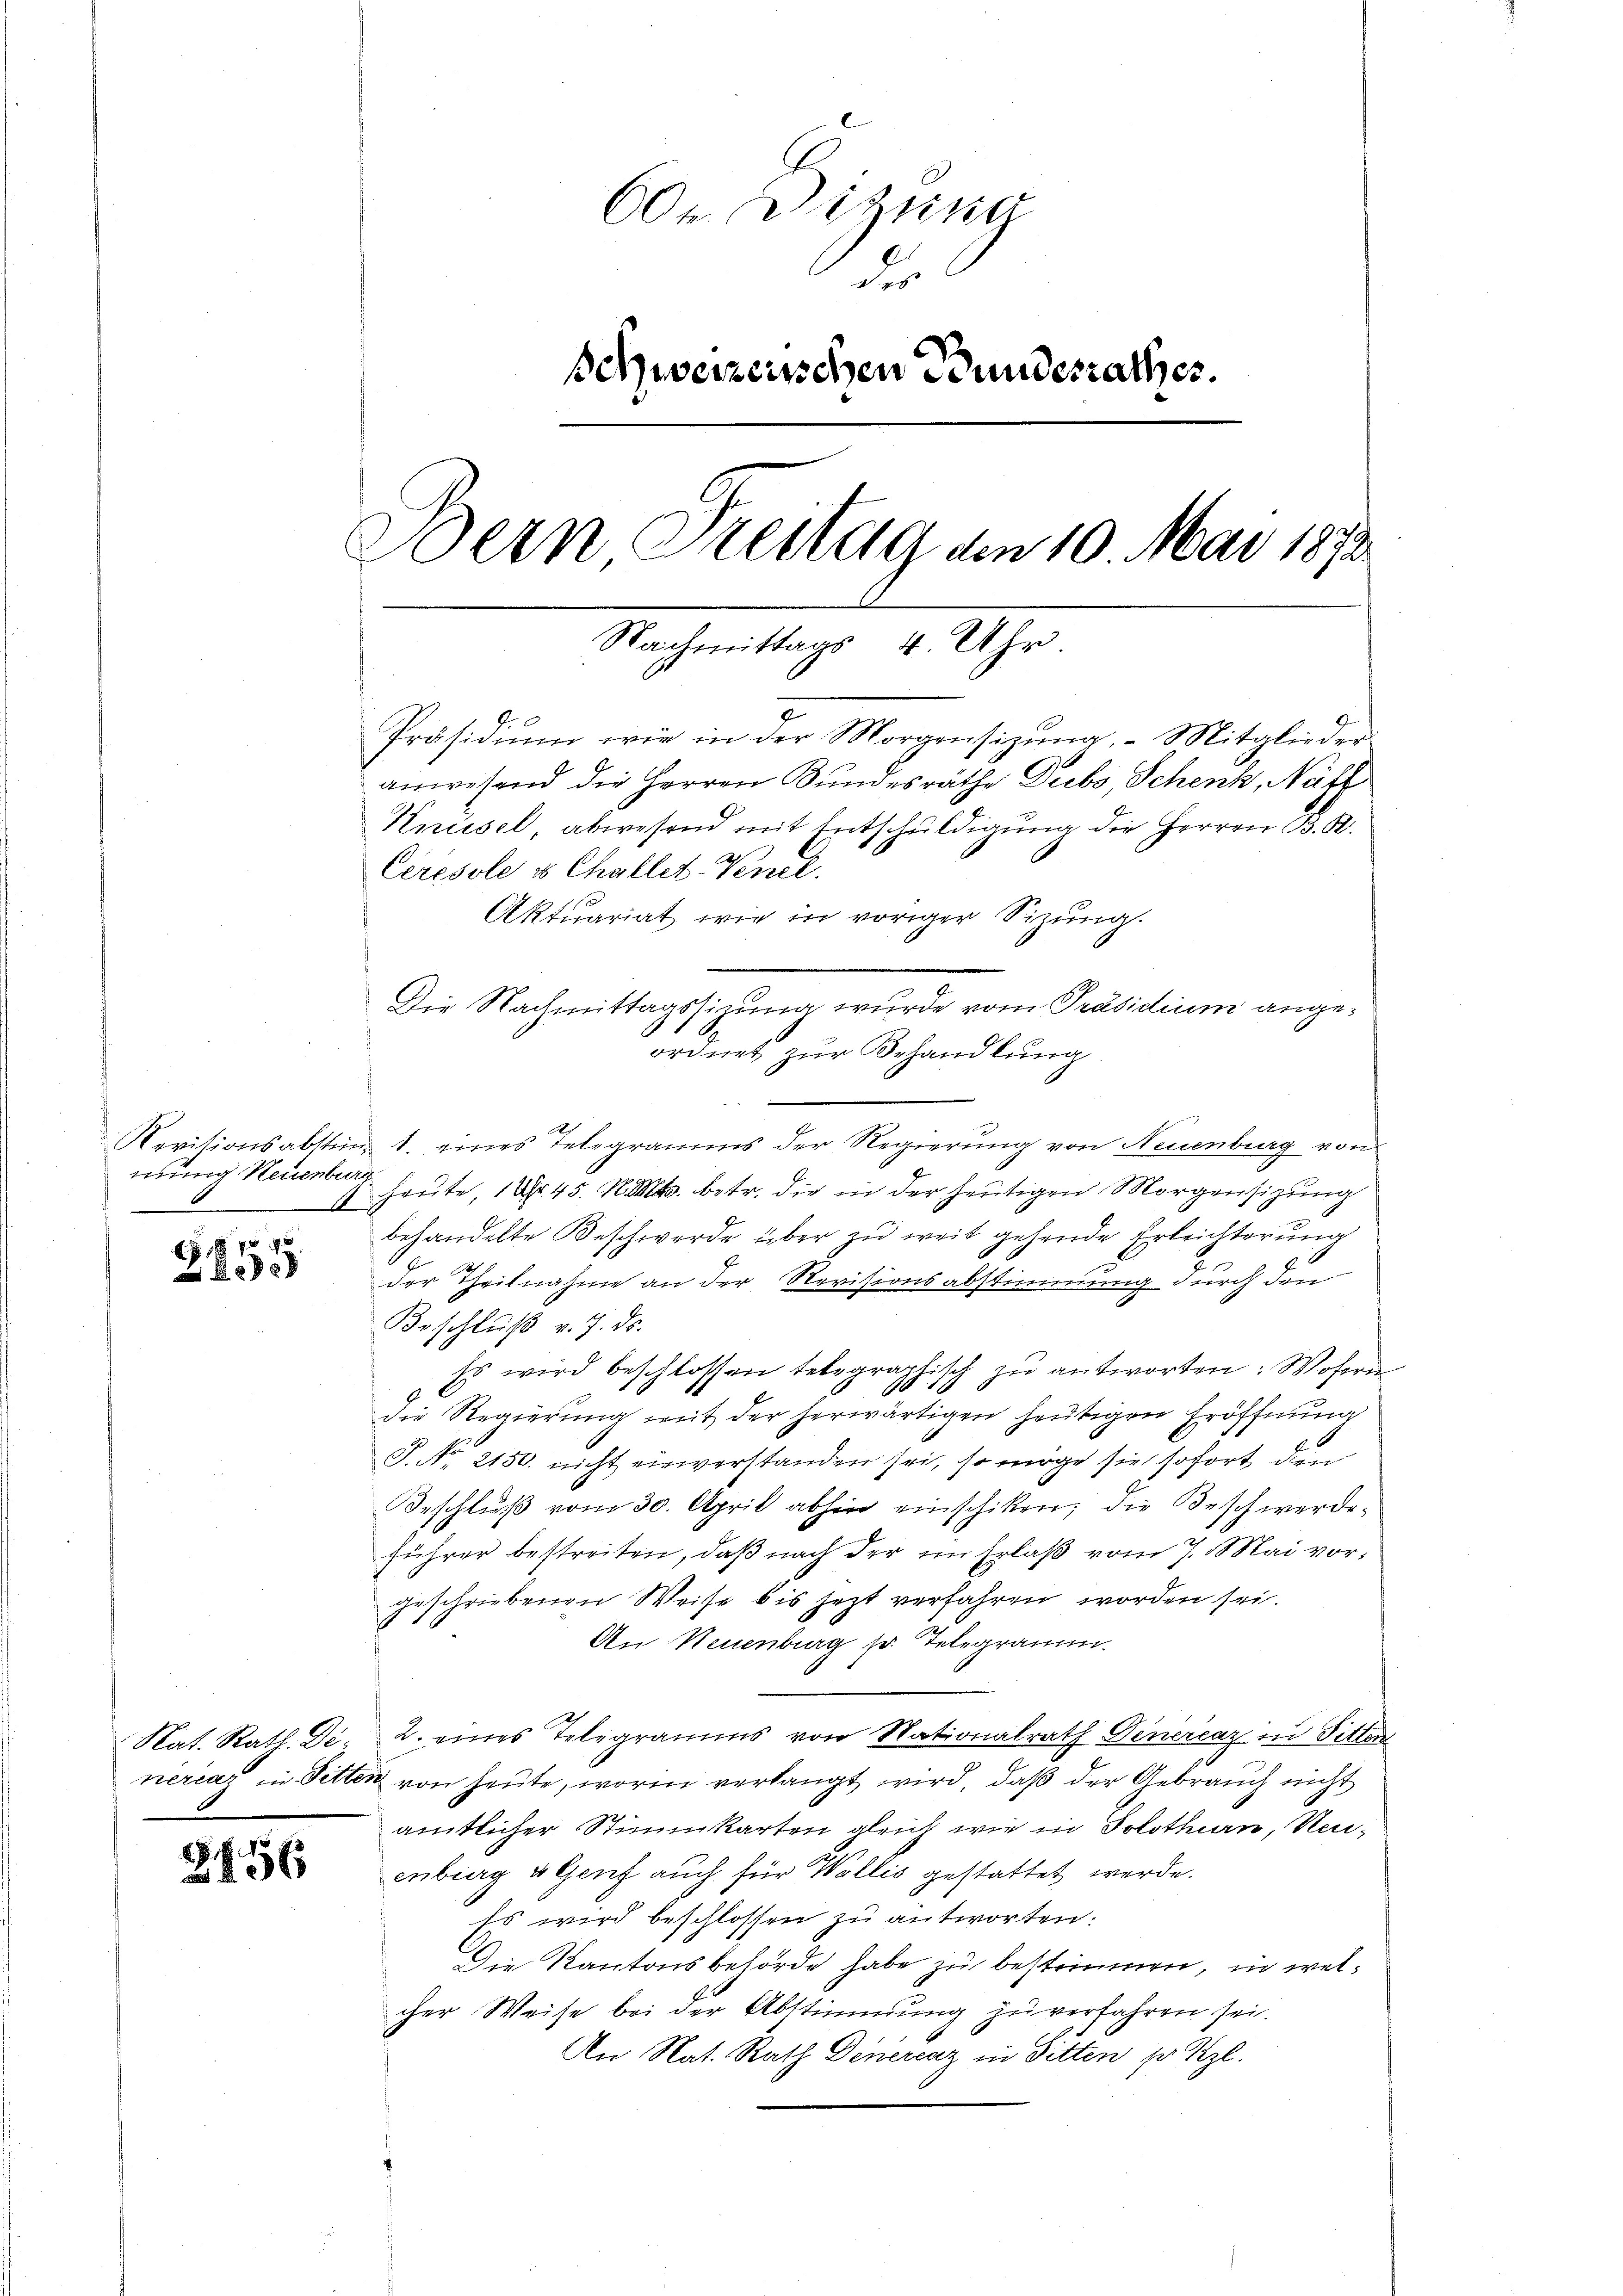
übung Neuenburg
A

7590
J)

3456

60r Sitzung
des
Schweizerischen Bundesrathes.
Bern Freitag den 10. Mai 1873.
Nachmittags 4 Uhr.

anwesend die Herren Bundesräthe Dubs, Schenk, Näth
Knüsel, abwesend mit Entschuldigung die Herren B. R.
Aktuariat wie in voriger Sizung.
Die Nachmittagssizung wurde vom Präsidium angeordnet zur Behandlung
Nevitionsabstin. 1. eines Telegramms der Regierung von Neuenburg von
heute, 1 Nr. 45. N. Mts. betr. die in der heutigen Morgensizung
behandelte Beschwerde über zu weit gehende Erleichterung
der Theilnahme an der Revisionsabstimmung durch den
Beschlŭβ v. J. ds.
Es wird beschlossen telegraphisch zu antworten: Wohern
1
10
die Regierung mit der herwärtigen heutigen Eröffnung
T. No. 2150. nicht einverstanden sei, so möge sie sofort den
Beschlŭβ vom 30. April abhin einschiken; die Beschwerdeführer bestreiten, daß nach der im Erlaß vom 7. Mai vorgeschriebenen Weise bis jetzt verfahren worden sei.
An Neuenburg pr. Telegramm.
Nat. Rath. De 2. eines Telegramms von Nationalrath Genercaz in Sitten
nercas in Sitten von heute, worin verlangt wird, daß der Gebrauch nicht
amtlicher Stimmkarten gleich wie in Solothurn, Naenberg & Genf auch für Wallis gestattet werde.
Es wird beschlossen zu antworten.
Die Kantonsbehörde habe zu bestimmen, in welcher Weise bei der Abstimmung zu verfahren sei.
An Nat. Rath Dinerenz in Sitten zu Itzl.

Ceresole u Challet-Venel.

Präsidium wie in der Morgensizung, - Mitglieder